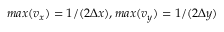
m a x ( v _ { x } ) = 1 / ( 2 \Delta x ) , m a x ( v _ { y } ) = 1 / ( 2 \Delta y )